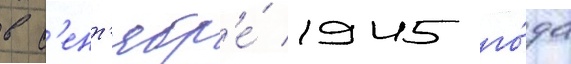
в с'ент'ябр'е́ 1945 го́да